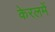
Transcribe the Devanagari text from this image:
केरलमें